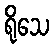
ရိုသေ